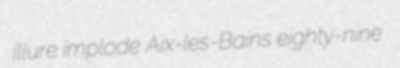
illure implode Aix-les-Bains eighty-nine